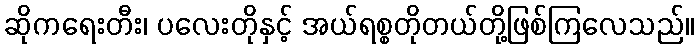
ဆိုကရေးတီး၊ ပလေးတိုနှင့် အယ်ရစ္စတိုတယ်တို့ဖြစ်ကြလေသည်။